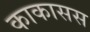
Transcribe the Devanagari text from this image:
काकासस